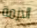
الازمة